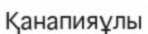
Қанапияұлы